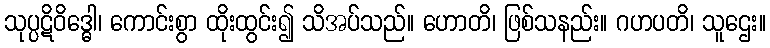
သုပ္ပဋိဝိဒ္ဓေါ၊ ကောင်းစွာ ထိုးထွင်း၍ သိအပ်သည်။ ဟောတိ၊ ဖြစ်သနည်း။ ဂဟပတိ၊ သူဌေး။